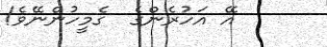
އޭ އަހުރެންގެ  ގެމީހުންނޭވެ!